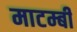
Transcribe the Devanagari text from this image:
माटम्बी